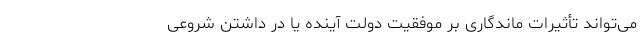
می‌تواند تأثیرات ماندگاری بر موفقیت دولت آینده یا در داشتن شروعی